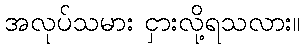
အလုပ်သမား ငှားလို့ရသလား။